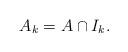
LaTeX: \begin{align*}A_k = A \cap I_k.\end{align*}